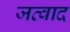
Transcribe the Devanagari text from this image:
जव्वाद